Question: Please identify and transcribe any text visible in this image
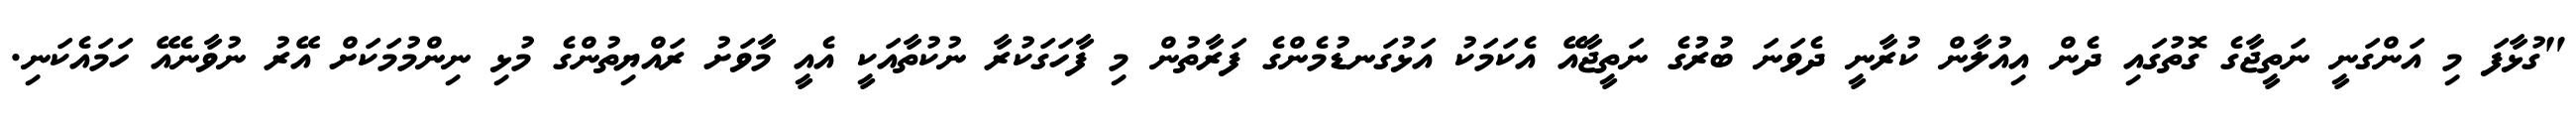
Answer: "ގުޅާފަ މި އަންގަނީ ނަތީޖާގެ ގޮތުގައި ދެން އިއުލާން ކުރާނީ ދެވަނަ ބުރުގެ ނަތީޖާއޭ އެކަމަކު އަޅުގަނޑުމެންގެ ފަރާތުން މި ފާހަގަކުރާ ނުކުތާއަކީ އެއީ މާވަށު ރައްޔިތުންގެ މުޅި ނިންމުމަކަށް އޭރު ނުވާނެއޭ ހަމައެކަނި.